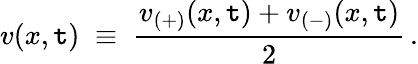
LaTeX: v(x,\mathtt{t})\; \equiv\; \frac{{v_{(+)}(x,\mathtt{t})+v_{(-)}(x,\mathtt{t})}}{{2}}\, .